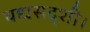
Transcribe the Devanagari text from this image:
यद्यसदृशी।